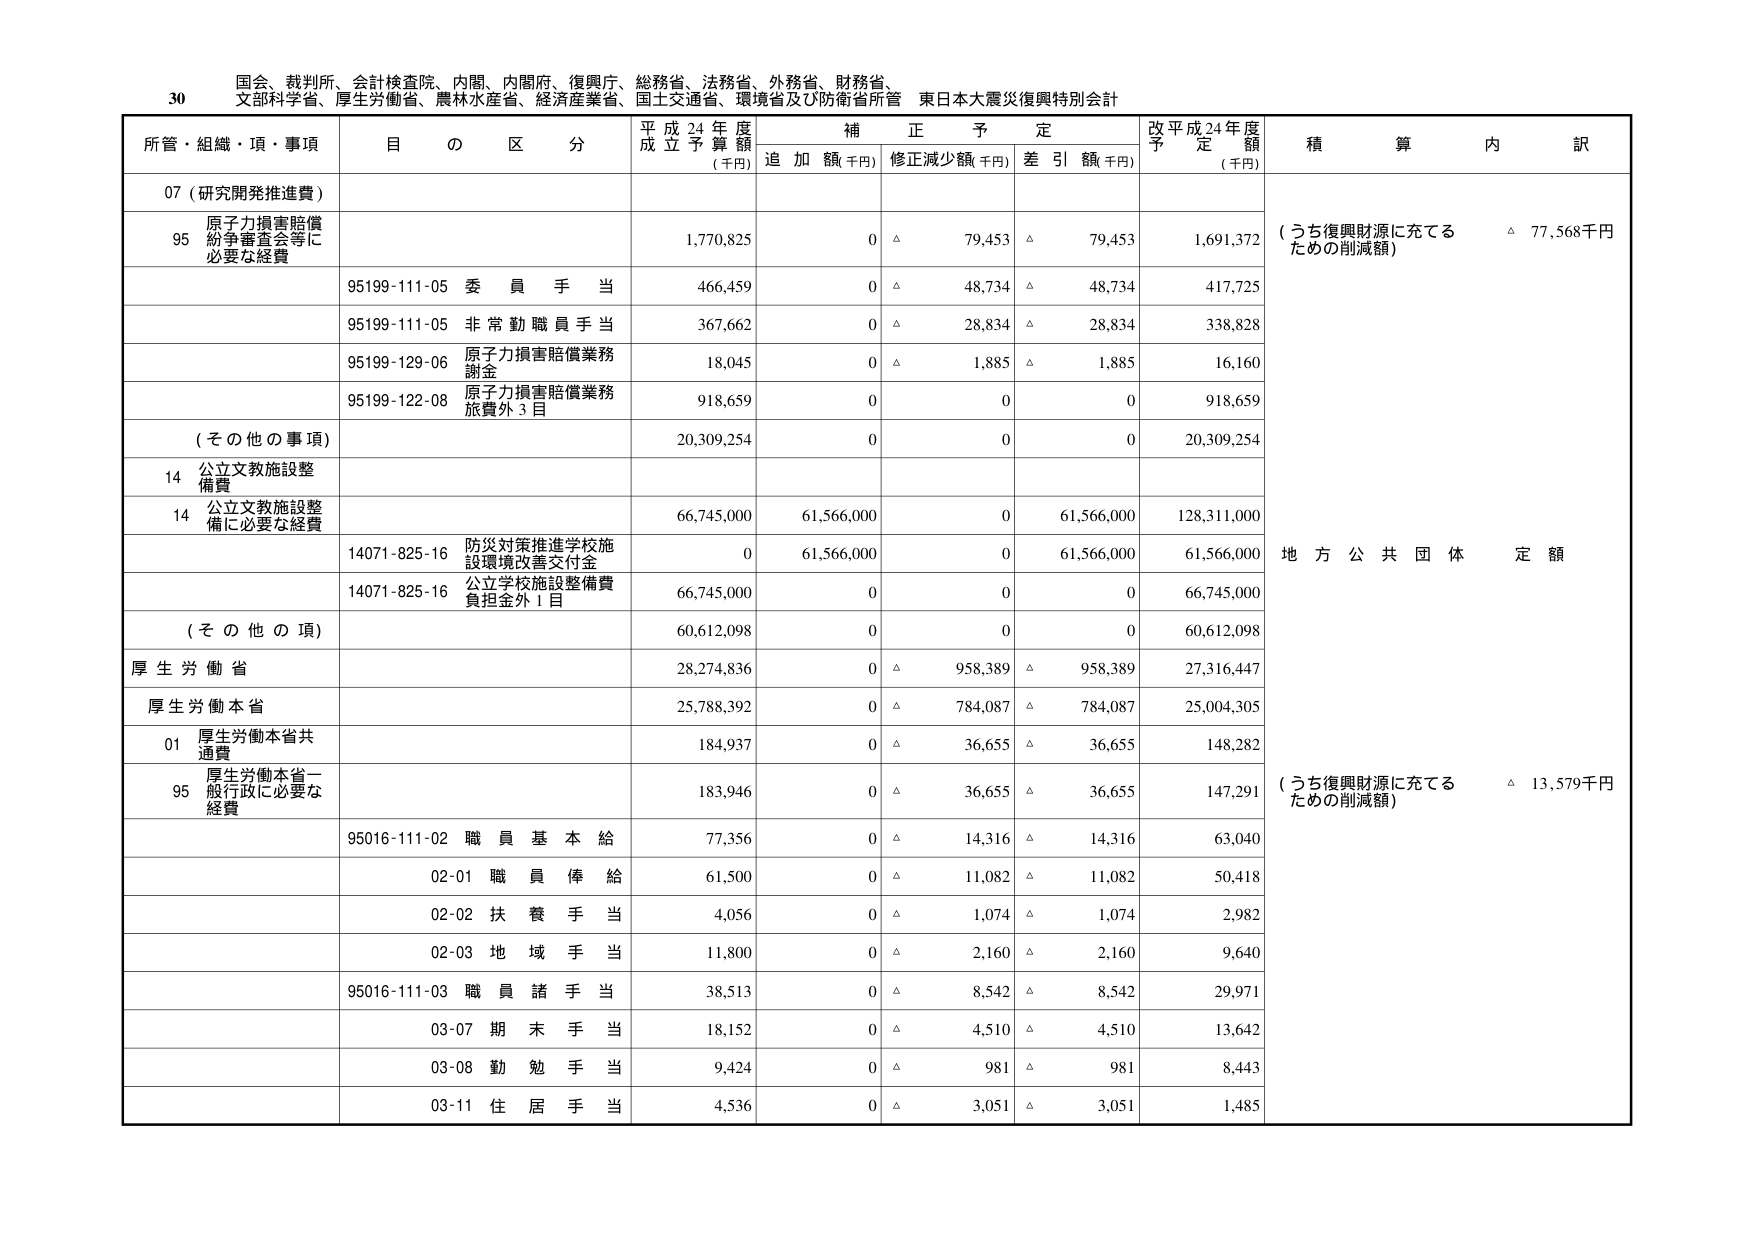
30 国会、裁判所、会計検査院、内閣、内閣府、復興庁、総務省、法務省、外務省、財務省、
文部科学省、厚生労働省、農林水産省、経済産業省、国土交通省、環境省及び防衛省所管 東日本大震災復興特別会計

所管・組織・項・事項 目 の 区 分 平成24年度 成立予算額 (千円) 補正予定 追加額(千円) 修正減少額(千円) 差引額(千円) 改平成24年度 予定額 (千円) 積算内訳

07 (研究開発推進費)

95 原子力損害賠償 紛争審査会等に 必要な経費 1,770,825 0 △ 79,453 △ 79,453 1,691,372 (うち復興財源に充てる ための削減額) △ 77,568千円

95199-111-05 委員手当 466,459 0 △ 48,734 △ 48,734 417,725

95199-111-05 非常勤職員手当 367,662 0 △ 28,834 △ 28,834 338,828

95199-129-06 原子力損害賠償業務 謝金 18,045 0 △ 1,885 △ 1,885 16,160

95199-122-08 原子力損害賠償業務 旅費外3目 918,659 0 0 0 918,659

(その他の事項) 20,309,254 0 0 0 20,309,254

14 公立文教施設整 備費

14 公立文教施設整 備に必要な経費 66,745,000 61,566,000 0 61,566,000 128,311,000

14071-825-16 防災対策推進学校施 設環境改善交付金 0 61,566,000 0 61,566,000 61,566,000 地方公共団体定額

14071-825-16 公立学校施設整備費 負担金外1目 66,745,000 0 0 0 66,745,000

(その他の項) 60,612,098 0 0 0 60,612,098

厚生労働省 28,274,836 0 △ 958,389 △ 958,389 27,316,447

厚生労働本省 25,788,392 0 △ 784,087 △ 784,087 25,004,305

01 厚生労働本省共 通費 184,937 0 △ 36,655 △ 36,655 148,282

95 厚生労働本省一 般行政に必要な 経費 183,946 0 △ 36,655 △ 36,655 147,291 (うち復興財源に充てる ための削減額) △ 13,579千円

95016-111-02 職員基本給 77,356 0 △ 14,316 △ 14,316 63,040

02-01 職員俸給 61,500 0 △ 11,082 △ 11,082 50,418

02-02 扶養手当 4,056 0 △ 1,074 △ 1,074 2,982

02-03 地域手当 11,800 0 △ 2,160 △ 2,160 9,640

95016-111-03 職員諸手当 38,513 0 △ 8,542 △ 8,542 29,971

03-07 期末手当 18,152 0 △ 4,510 △ 4,510 13,642

03-08 勤勉手当 9,424 0 △ 981 △ 981 8,443

03-11 住居手当 4,536 0 △ 3,051 △ 3,051 1,485